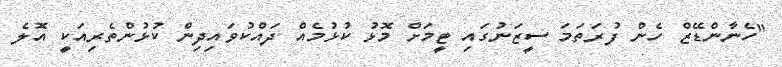
"ހެނާންޑޭޒް ހެން ފުރަތަމަ ސީޒަނުގައި ޓީމަށް މޮޅު ކުޅުމެއް ދައްކުވައިދިން ކުޅުންތެރިއަކީ އޮލެ